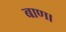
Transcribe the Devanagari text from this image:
बाण।